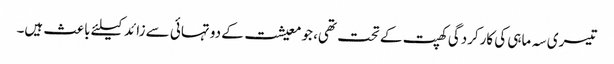
تیسری سہ ماہی کی کارکردگی کھپت کے تحت تھی، جو معیشت کے دو تہائی سے زائد کیلئے باعث ہیں۔